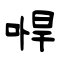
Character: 哻